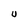
Character: U